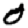
Digit: 0